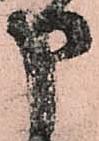
申